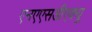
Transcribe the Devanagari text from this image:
एनएएसडीएक्यू